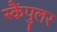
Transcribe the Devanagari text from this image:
स्कैंपुलर